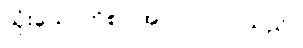
သုံးယောက်စာ အလုပ် လုပ်သည်။